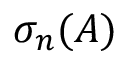
\sigma _ { n } ( A )